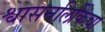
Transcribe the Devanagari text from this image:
श्वासनलिकिेचा